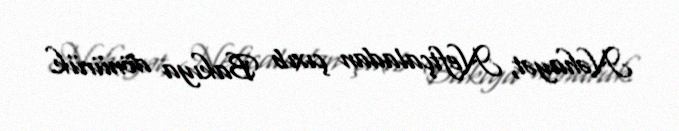
Nəhayət, Neftçaladan çıxıb Bakıya dönürük.